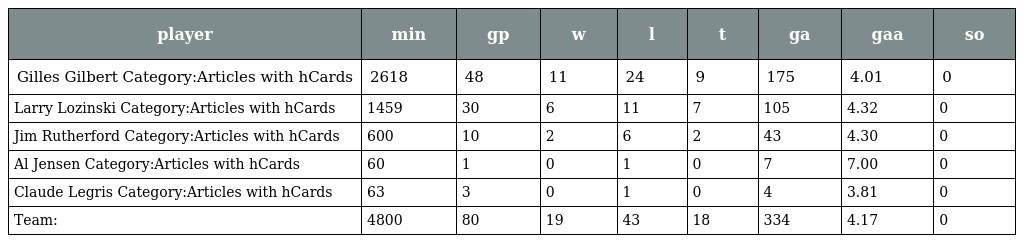
| player | min | gp | w | l | t | ga | gaa | so |
 | --- | --- | --- | --- | --- | --- | --- | --- | --- |
 | Gilles Gilbert Category:Articles with hCards | 2618 | 48 | 11 | 24 | 9 | 175 | 4.01 | 0 |
 | Larry Lozinski Category:Articles with hCards | 1459 | 30 | 6 | 11 | 7 | 105 | 4.32 | 0 |
 | Jim Rutherford Category:Articles with hCards | 600 | 10 | 2 | 6 | 2 | 43 | 4.30 | 0 |
 | Al Jensen Category:Articles with hCards | 60 | 1 | 0 | 1 | 0 | 7 | 7.00 | 0 |
 | Claude Legris Category:Articles with hCards | 63 | 3 | 0 | 1 | 0 | 4 | 3.81 | 0 |
 | Team: | 4800 | 80 | 19 | 43 | 18 | 334 | 4.17 | 0 |